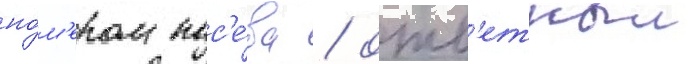
но́м'ером пос'е́ва / отв'етныи